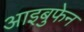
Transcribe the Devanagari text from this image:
आइबुफेन